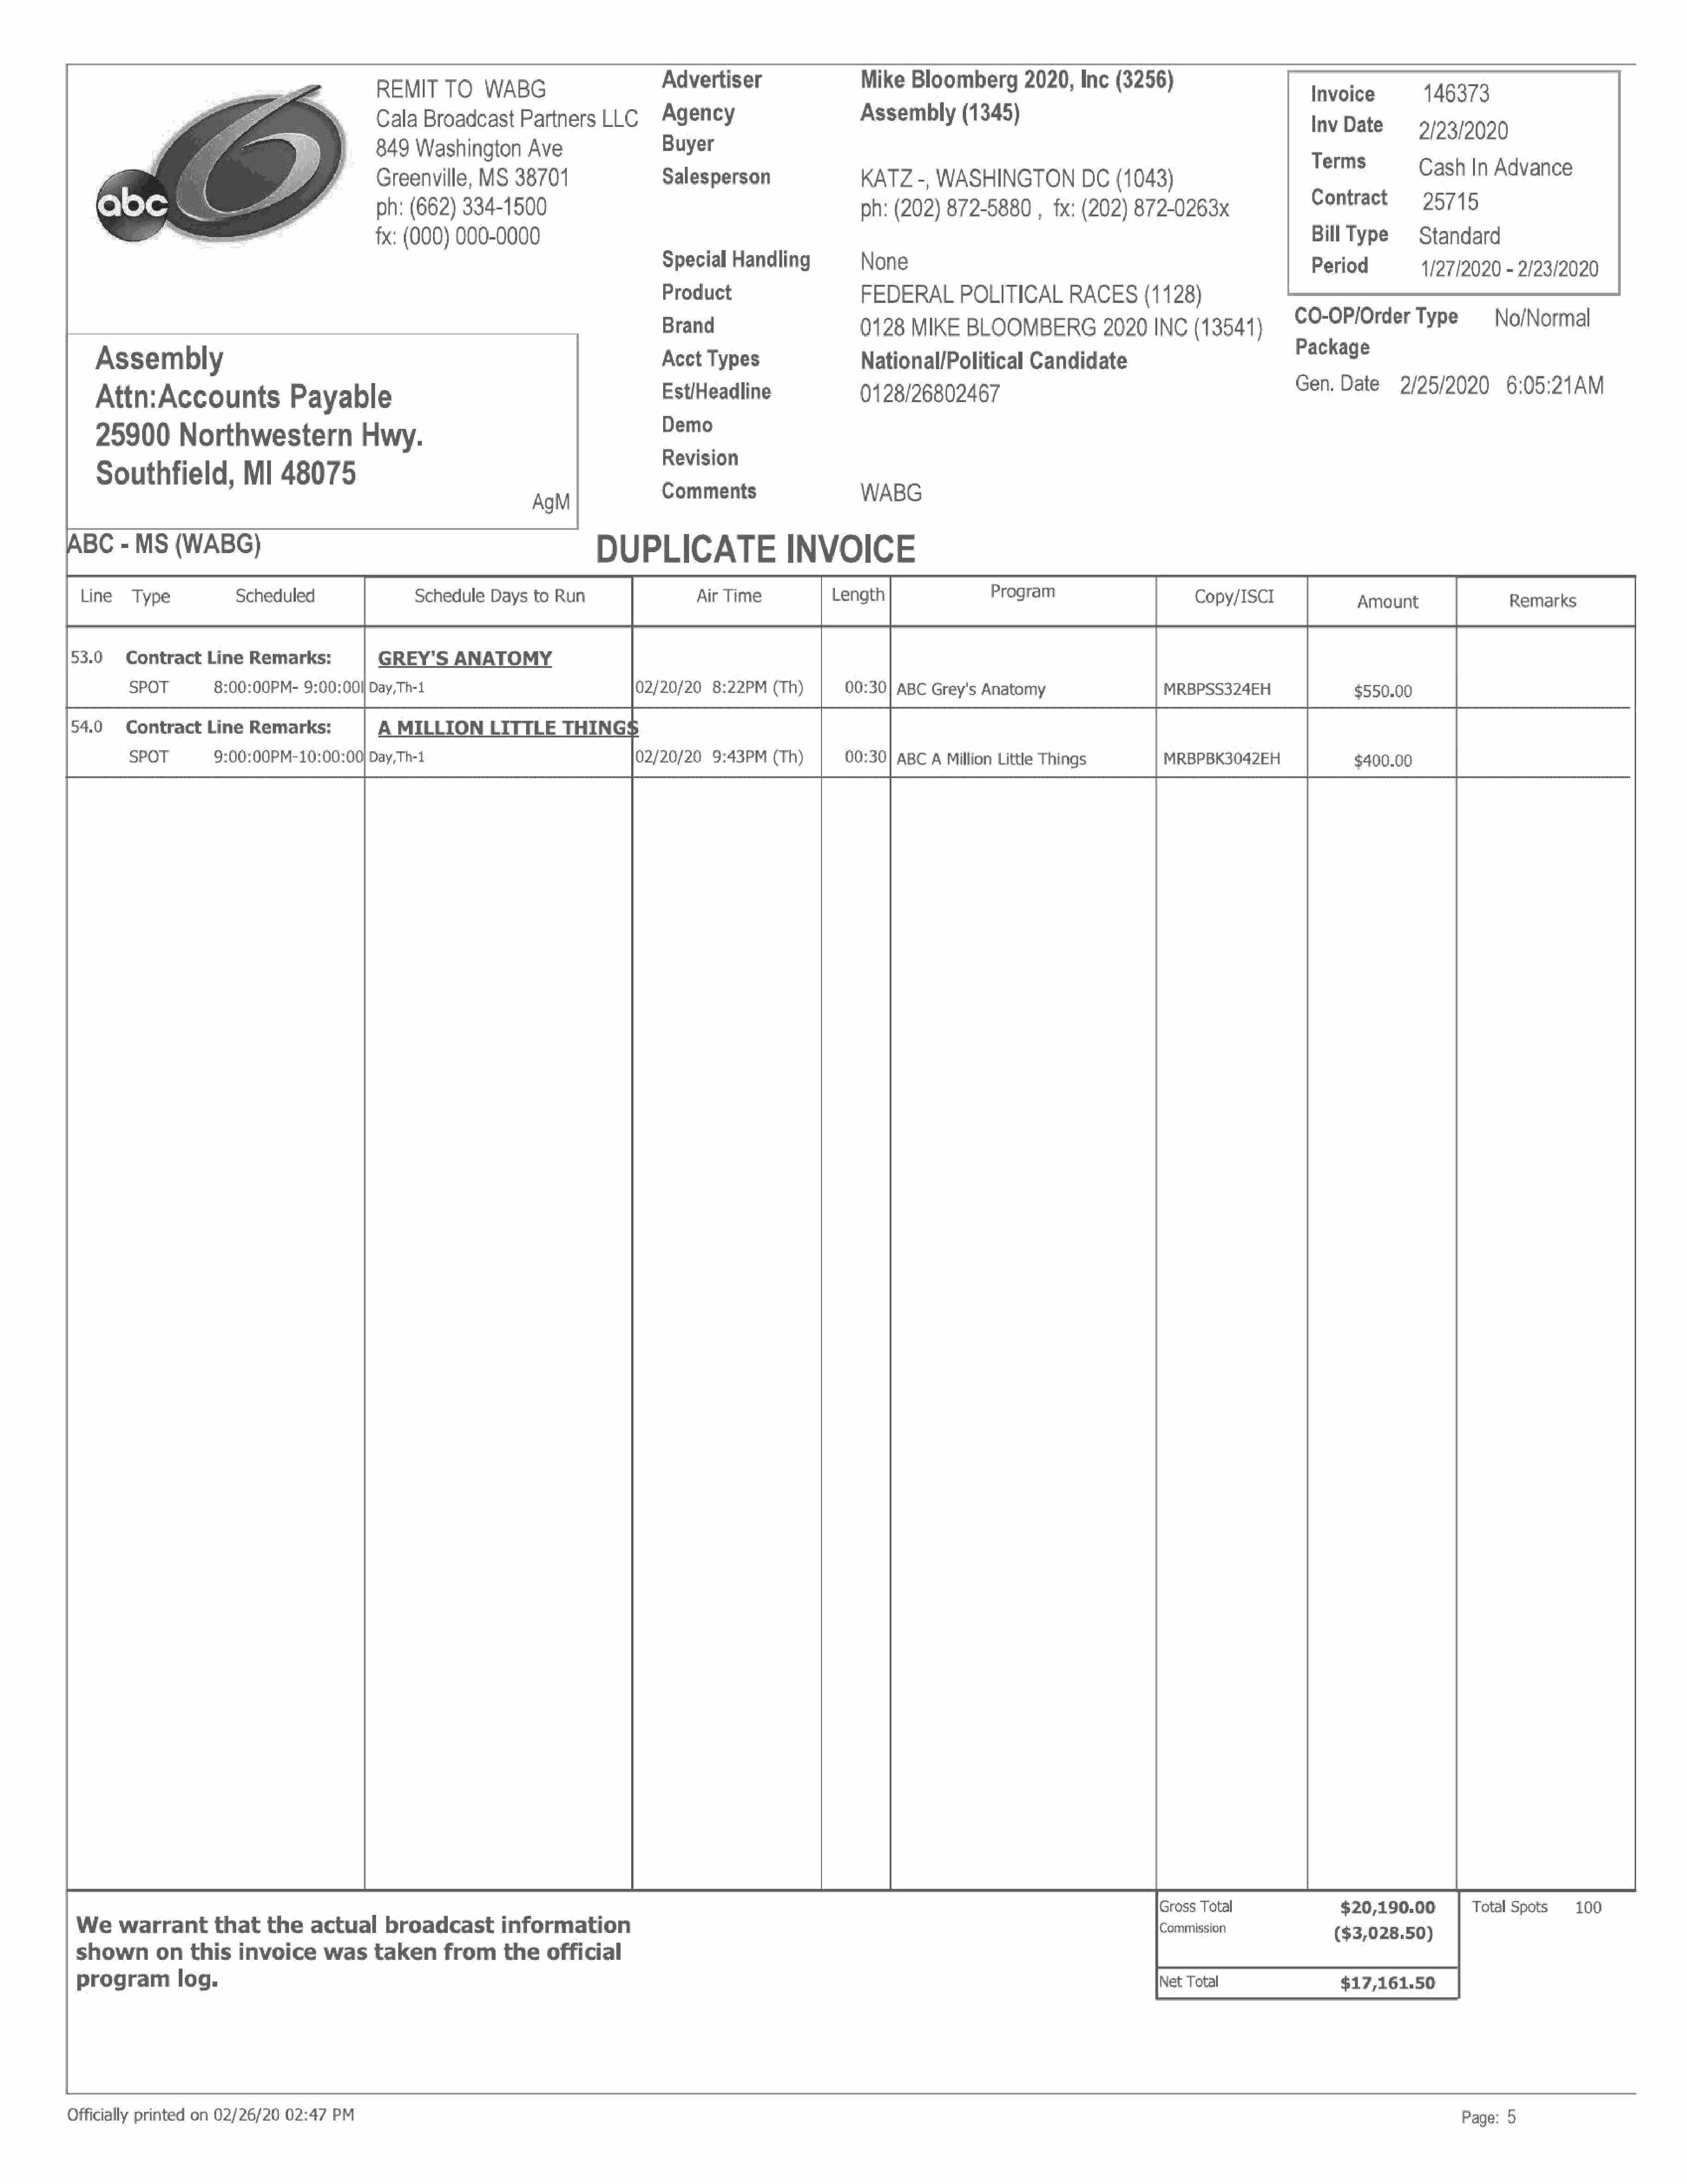
REMIT     TO   WABG                      Advertiser                  Mike   Bloomberg        2020,Inc     (3256)                      Invoice         446373
 Cala   Broadcast    Partners    LLC      Agency                      Assembly       (1345)                                            Inv Date       9/93/2020
 849  Washington      Ave                 Buyer                                                                                       T
 G        :                                                                                                                             Sims          CashIn     Advance
 reenville,   MS   38701                Salesperson                 KATZ    -, WASHINGTON        DC      (1043)
 ph:  (662)  334-1500                                                 ph:  (202)  872-5880      , fx: (202)  872-0263x                 Contract       25715
 fx: (000)  000-0000                            |          .                                                                           Bill Type      Standard
 Special   Handling          None
 Period         1/27/2020   - 2/23/2020
 Product                     FEDERAL       POLITICAL       RACES(1128)
 Brand                       0128   MIKE    BLOOMBERG2020              INC   (13541)       conser           Type        No/Normal
 Assembly                                                                         Acct  Types                 NationaliPolitical      Candidate                               aenage
 Attn:Accounts               Payable                                              EstlHeadline                0128/26802467                                                 Gen    Date    2125/2020      6:05:21   AM
 25900       Northwestern              Hwy.                                       Ra
 =                                                                      evision
 Southfield,          Ml   48075                               salt               Comments                    WABG
 A  BC   - MS    (WABG)                                                      DUPLICATE                   INVOICE
 Line   Type           Scheduled                Schedule   Days  to Run                  Air Time           Length                 Program                      Copy/ISCI              Amount                Remarks
 53.0    Contract    Line  Remarks:          GREY'S     ANATOMY
 SPOT        8:00:00PM-   9:00:00I| Day,Th-1                             02/20/20   8:22PM  (Th)       00:30] ABC  Grey's Anatomy                   MRBPSS324EH                 $550.00
 54.0    Contract    Line  Remarks:          A  MILLIONLITTLE          THINGS:
 SPOT        9:00:00PM-10:00:00)   Day,Th-1                              02/20/20   9:43PM  (Th)       00:30] ABC  A Million Little Things          MRBPBK3042EH                $400.00
 IGross Total              $20,190.00        Total Spots    100
 Wewarrantthatthe                 actual     broadcast        information                                                                                   Icommission              ($3,028.50)
 shownonthis            invoice     was    taken     from     theofficial
 program       log.                                                                                                                                         INet Total                $17,161.50
 Officially printed on 02/26/20 02:47  PM                                                                                                                                                               Page:  5